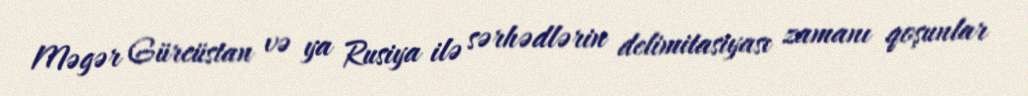
Məgər Gürcüstan və ya Rusiya ilə sərhədlərin delimitasiyası zamanı qoşunlar